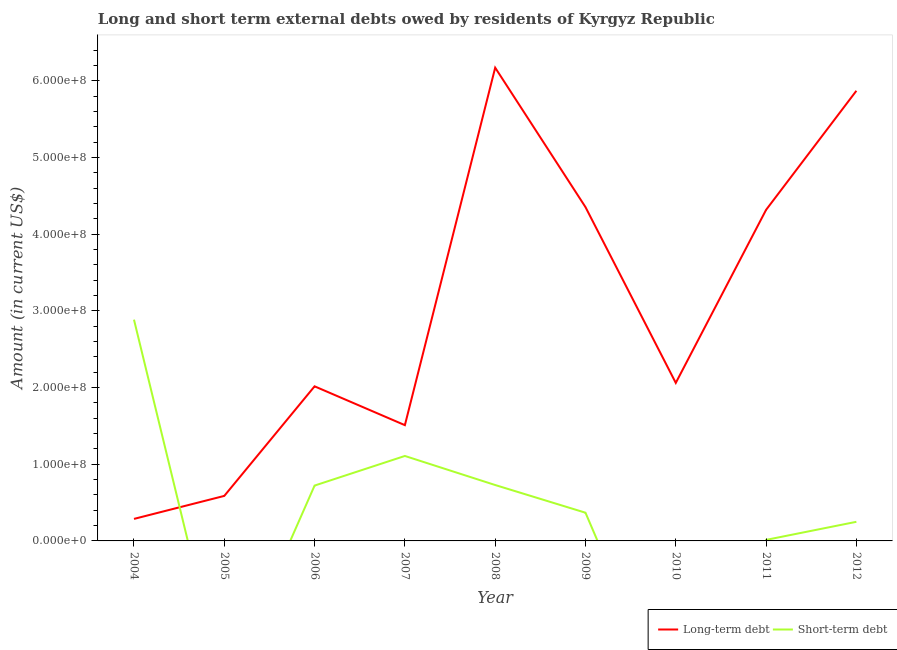
| Year | Long-term debt | Short-term debt |
 | --- | --- | --- |
 | 2004 | 2.87e+07 | 2.89e+08 |
 | 2005 | 5.87e+07 | -1.95e+08 |
 | 2006 | 2.02e+08 | 7.22e+07 |
 | 2007 | 1.51e+08 | 1.11e+08 |
 | 2008 | 6.17e+08 | 7.29e+07 |
 | 2009 | 4.35e+08 | 3.68e+07 |
 | 2010 | 2.06e+08 | -2.38e+08 |
 | 2011 | 4.32e+08 | 1.36e+06 |
 | 2012 | 5.87e+08 | 2.49e+07 |